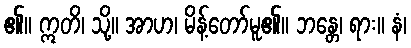
၏။ ဣတိ၊ သို့။ အာဟ၊ မိန့်တော်မူ၏။ ဘန္တေ၊ ရား။ နံ၊